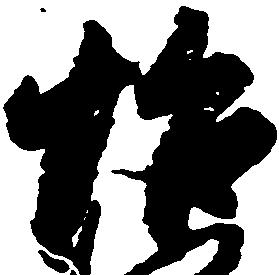
怡